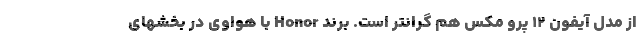
از مدل آیفون ۱۲ پرو مکس هم گرانتر است. برند Honor با هواوی در بخشهای